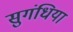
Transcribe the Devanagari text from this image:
सुगंधिया